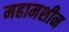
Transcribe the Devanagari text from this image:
महामशीन